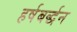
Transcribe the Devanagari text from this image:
हर्षबर्द्धन